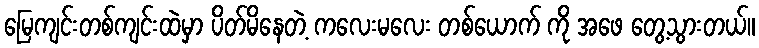
မြေကျင်းတစ်ကျင်းထဲမှာ ပိတ်မိနေတဲ့ ကလေးမလေး တစ်ယောက် ကို အဖေ တွေ့သွားတယ်။